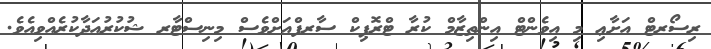
ރިސޯރޓް އަށާޢި މި އިވެންޓް އިންތިޒާމް ކުރާ ޓްރޮޕިކް ސާރފްއަށްވެސް މިނިސްޓާރ ޝުކުރުއަދާކުރެއްވިއެވެ.